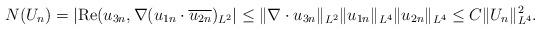
LaTeX: \begin{align*}N(U_n)=\left|{\rm Re}(u_{3n},\nabla (u_{1n}\cdot \overline{u_{2n}})_{L^2}\right|\le \|\nabla \cdot u_{3n}\|_{L^2}\|u_{1n}\|_{L^4}\|u_{2n}\|_{L^4}\le C\|U_n\|_{L^4}^2. \end{align*}